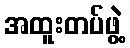
အထူးတပ်ဖွဲ့